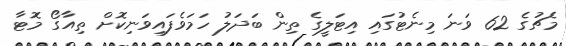
މެޗުގެ 62 ވަނަ މިނެޓުގައި އިޓަލީގެ ތިން ބަދަލު ހަމަވެފައިވަނިކޮށް ތިއާގޯ މޮޓާ